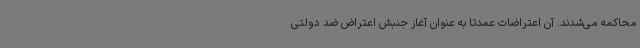
محاکمه می‌شدند. آن اعتراضات عمدتا به عنوان آغاز جنبش اعتراض ضد دولتی